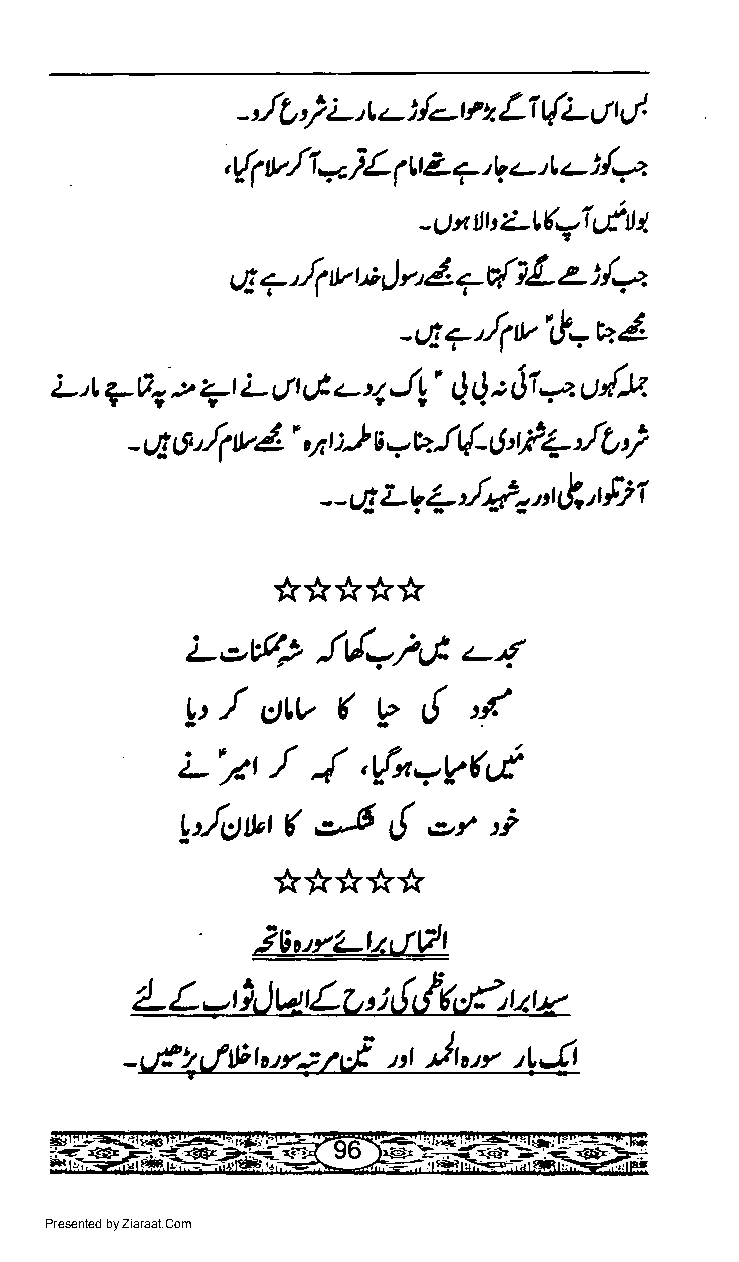
{-v
 -'/L') L't - i   Li t{L I qJ
 z
 /4
 , {1 t"/t * iL 1t Z 7, I z- r c )
 -r)nlJbZ-l(y1efiU
 la
 r;) r'41 {iL z
 u
 ;g 7,-/1
 -147'/1v't=u4
 L't       qt Lut&,a-al!'       6t*. u{lz
 7t|- -t                QQt
 - eE tt'/1 u4' 4 t :-I s y u 1{- LJ't+ Jb i
 --LILV+Ji."tt
 '$j1
 <{'-t-D<9.t
 Lo62     id,-.rG   -4
 (
 6
 !:,1 cttv    V     'f
 L'.2'/   J  ,ft=V(d
 :i
 *-6  t!
 Lt/cl*t tr      'z,r
 *****
 3!!!4'LJ&Igl
 1-L-l)JrerLr,'i
 ilnt"
 -rf'+,ftl"to'v+ 'F nr     'r4
 Presented by Ziaraat.Com